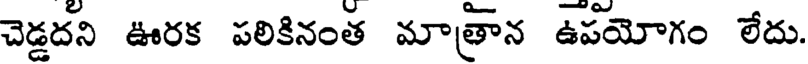
చెడ్డదని ఊరక పలికినంత మాత్రాన ఉపయోగం లేదు.